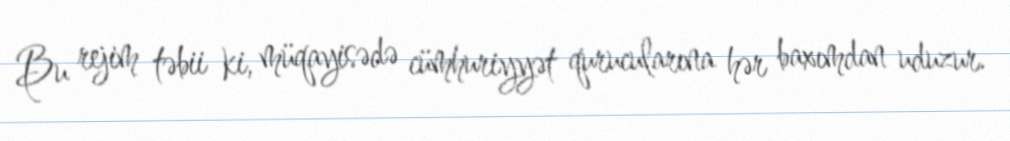
Bu rejim təbii ki, müqayisədə cümhuriyyət qurucularına hər baxımdan uduzur.